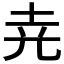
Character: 𡊪